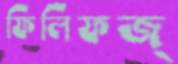
ফিলিফজ্